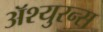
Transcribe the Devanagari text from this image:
अॅश्युरन्स